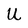
Character: U